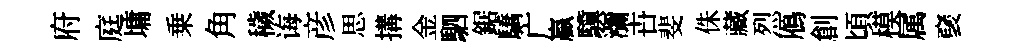
府庭墉乗角穢诲彦思搆金駟鋸驕广贏驥瀰卋斐侏藏烈鴈創頃模属裦